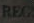
REG